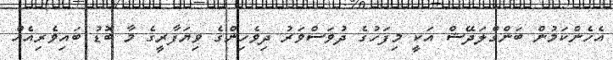
އެހެންކަމުން ބަންގްލަދޭޝް އަކީ މިފަހުގެ ދުވަސްވަރު ދިވެހިންގެ ވިޔަފާރީގެ މާ ބޮޑު ބައިވެރިއެއް